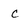
Character: c